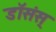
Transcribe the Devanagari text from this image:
डॉसंस्